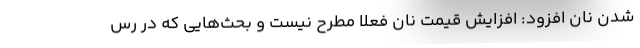
شدن نان افزود: افزایش قیمت نان فعلا مطرح نیست و بحث‌هایی که در رس